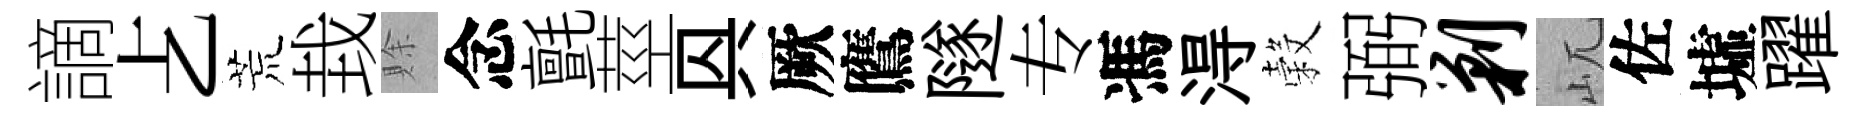
謫𠧒荒㘽賖念氈莖㒷厥鷹隧专馮淂穀弼剿屼佐墟躍